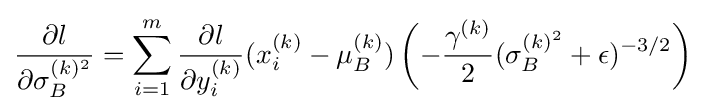
{\frac {\partial l}{\partial \sigma _{B}^{(k)^{2}}}}=\sum _{i=1}^{m}{\frac {\partial l}{\partial y_{i}^{(k)}}}(x_{i}^{(k)}-\mu _{B}^{(k)})\left(-{\frac {\gamma ^{(k)}}{2}}(\sigma _{B}^{(k)^{2}}+\epsilon )^{-3/2}\right)